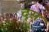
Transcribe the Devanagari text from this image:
द्स